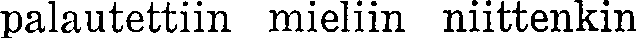
palautettiin mieliin niittenkin